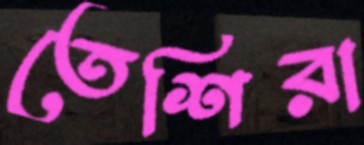
তেশিরা